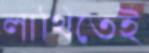
লাথিতেই